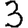
Digit: 3